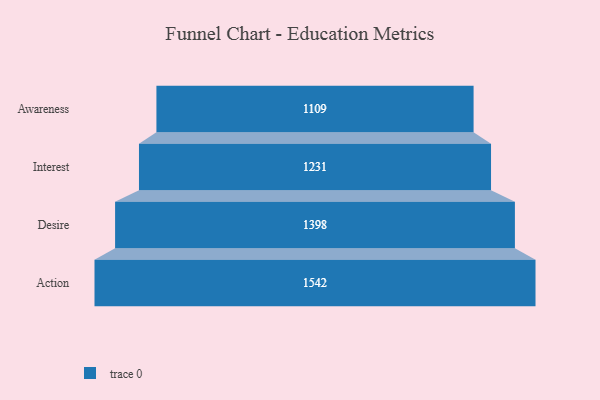
{"axis": {"x": "Stage", "y": "Value"}, "legend": [""], "data": [{"x": "Awareness", "y": 1109.0, "type": ""}, {"x": "Interest", "y": 1231.0, "type": ""}, {"x": "Desire", "y": 1398.0, "type": ""}, {"x": "Action", "y": 1542.0, "type": ""}]}